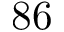
8 6